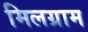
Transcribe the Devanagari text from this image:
मिलग्राम